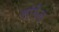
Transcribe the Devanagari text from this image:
तांगॆल